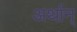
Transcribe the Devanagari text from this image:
अर्थान्